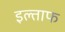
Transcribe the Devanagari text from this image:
इल्ताफ